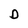
Character: D